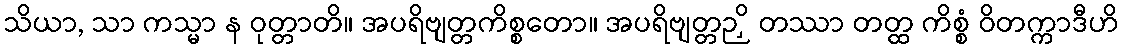
သိယာ, သာ ကသ္မာ န ဝုတ္တာတိ။ အပရိဗျတ္တကိစ္စတော။ အပရိဗျတ္တဉှိ တဿာ တတ္ထ ကိစ္စံ ဝိတက္ကာဒီဟိ